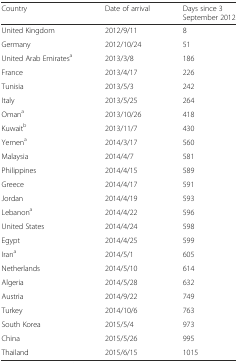
| Country | Date of arrival | Days since 3 September 2012 |
 | --- | --- | --- |
 | United Kingdom | 2012/9/11 | 8 |
 | Germany | 2012/10/24 | 51 |
 | United Arab Emiratesa | 2013/3/8 | 186 |
 | France | 2013/4/17 | 226 |
 | Tunisia | 2013/5/3 | 242 |
 | Italy | 2013/5/25 | 264 |
 | Omana | 2013/10/26 | 418 |
 | Kuwaitb | 2013/11/7 | 430 |
 | Yemena | 2014/3/17 | 560 |
 | Malaysia | 2014/4/7 | 581 |
 | Philippines | 2014/4/15 | 589 |
 | Greece | 2014/4/17 | 591 |
 | Jordan | 2014/4/19 | 593 |
 | Lebanona | 2014/4/22 | 596 |
 | United States | 2014/4/24 | 598 |
 | Egypt | 2014/4/25 | 599 |
 | Irana | 2014/5/1 | 605 |
 | Netherlands | 2014/5/10 | 614 |
 | Algeria | 2014/5/28 | 632 |
 | Austria | 2014/9/22 | 749 |
 | Turkey | 2014/10/6 | 763 |
 | South Korea | 2015/5/4 | 973 |
 | China | 2015/5/26 | 995 |
 | Thailand | 2015/6/15 | 1015 |